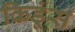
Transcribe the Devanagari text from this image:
किडूंस